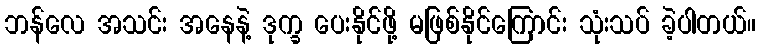
ဘန်လေ အသင်း အနေနဲ့ ဒုက္ခ ပေးနိုင်ဖို့ မဖြစ်နိုင်ကြောင်း သုံးသပ် ခဲ့ပါတယ်။